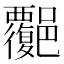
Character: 𧠅